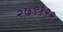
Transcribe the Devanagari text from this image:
२७९१२२